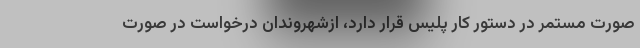
صورت مستمر در دستور کار پلیس قرار دارد، ازشهروندان درخواست در صورت